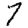
Digit: 7